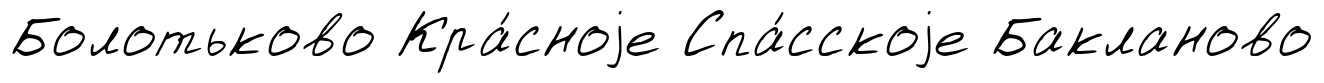
Болотьково Кра́сноjе Спа́сскоjе Бакланово